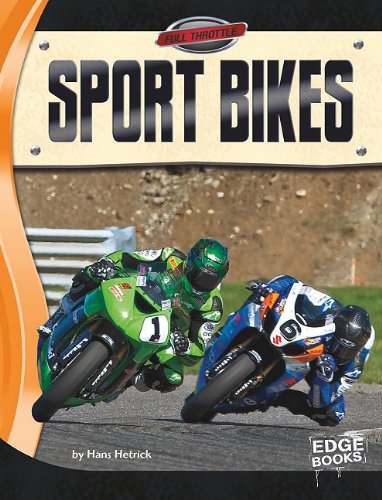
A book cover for Sport Bikes (Full Throttle); Hans Hetrick; Children's Books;